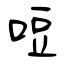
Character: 哣